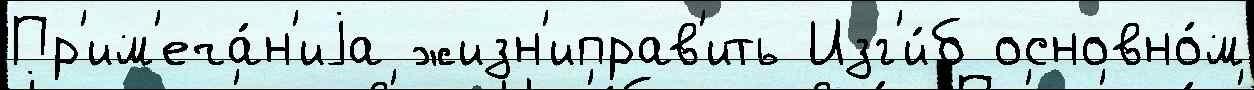
Пр'им'еча́н'иjа жизн'иправ'ить Изг'и́б основно́м